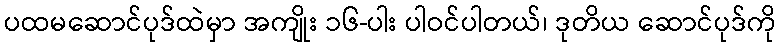
ပထမဆောင်ပုဒ်ထဲမှာ အကျိုး ၁၆-ပါး ပါဝင်ပါတယ်၊ ဒုတိယ ဆောင်ပုဒ်ကို